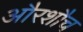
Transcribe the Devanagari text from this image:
औरशौच